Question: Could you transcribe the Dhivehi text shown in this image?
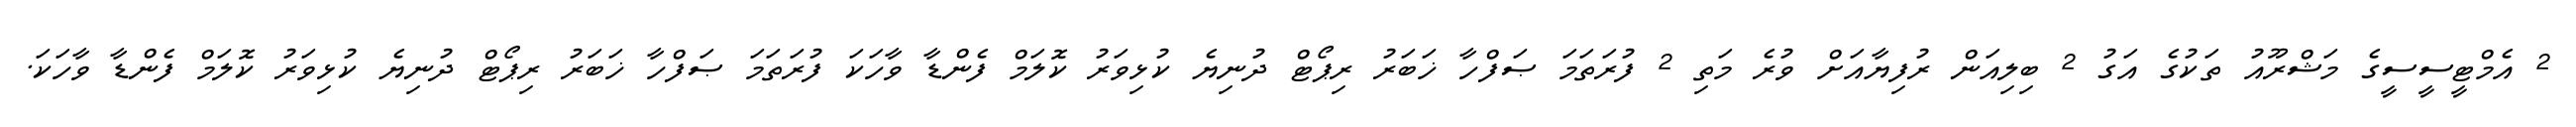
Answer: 2 އެމްޓީސީސީގެ މަޝްރޫއު ތަކުގެ އަގު 2 ބިލިއަން ރުފިޔާއަށް ވުރެ މަތި 2 ފުރަތަމަ ޞަފްހާ ޚަބަރު ރިޕޯޓް ދުނިޔެ ކުޅިވަރު ކޮލަމް ފެންޑާ ވާހަކަ ފުރަތަމަ ޞަފްހާ ޚަބަރު ރިޕޯޓް ދުނިޔެ ކުޅިވަރު ކޮލަމް ފެންޑާ ވާހަކަ.